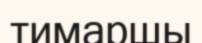
тимаршы